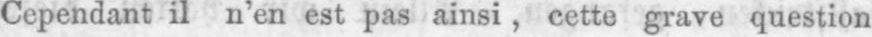
Cependant il n’en est pas ainsi, cette grave question